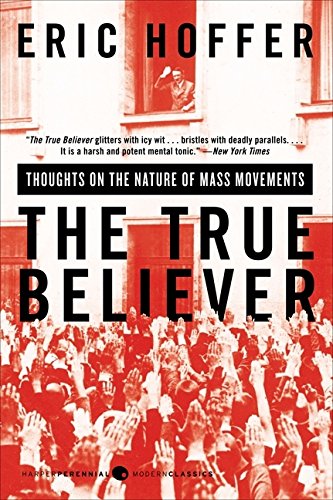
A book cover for The True Believer: Thoughts on the Nature of Mass Movements (Perennial Classics); Eric Hoffer; Health, Fitness & Dieting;